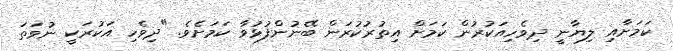
ކަމަށާއި ލިޔާނީ ދިވެހިއަކުރުން ކަމަށް އިތުރުކުރަން ބޭނުންފުޅުވާ ކަމަށެވެ. "ދިވެހި އަކުރަކީ ނުވަތަ